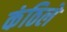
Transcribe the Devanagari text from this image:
कंठिले